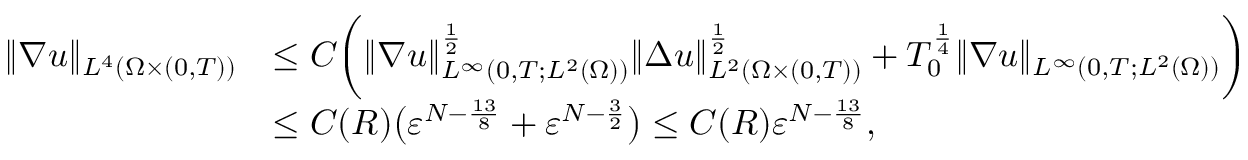
\begin{array} { r l } { \| \nabla u \| _ { L ^ { 4 } ( \Omega \times ( 0 , T ) ) } } & { \leq C \bigg ( \| \nabla u \| _ { L ^ { \infty } ( 0 , T ; L ^ { 2 } ( \Omega ) ) } ^ { \frac { 1 } { 2 } } \| \Delta u \| _ { L ^ { 2 } ( \Omega \times ( 0 , T ) ) } ^ { \frac { 1 } { 2 } } + T _ { 0 } ^ { \frac { 1 } { 4 } } \| \nabla u \| _ { L ^ { \infty } ( 0 , T ; L ^ { 2 } ( \Omega ) ) } \bigg ) } \\ & { \leq C ( R ) \big ( \ensuremath { \varepsilon } ^ { N - \frac { 1 3 } { 8 } } + \ensuremath { \varepsilon } ^ { N - \frac { 3 } { 2 } } \big ) \leq C ( R ) \ensuremath { \varepsilon } ^ { N - \frac { 1 3 } 8 } , } \end{array}